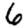
Digit: 6